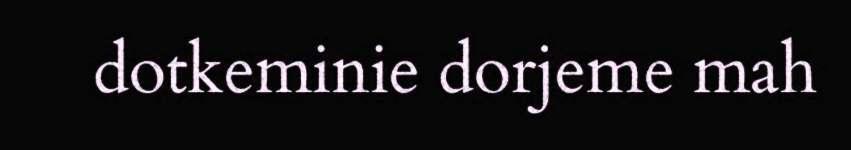
dotkeminie dorjeme mah